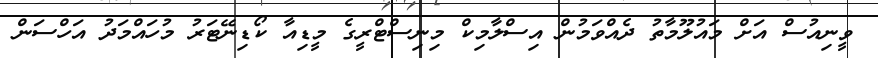
ވީނިއުސް އަށް މައުލޫމާތު ދެއްވަމުން އިސްލާމިކް މިނިސްޓްރީގެ މީޑިއާ ކޯޑިނޭޓަރު މުހައްމަދު އަހްސަން